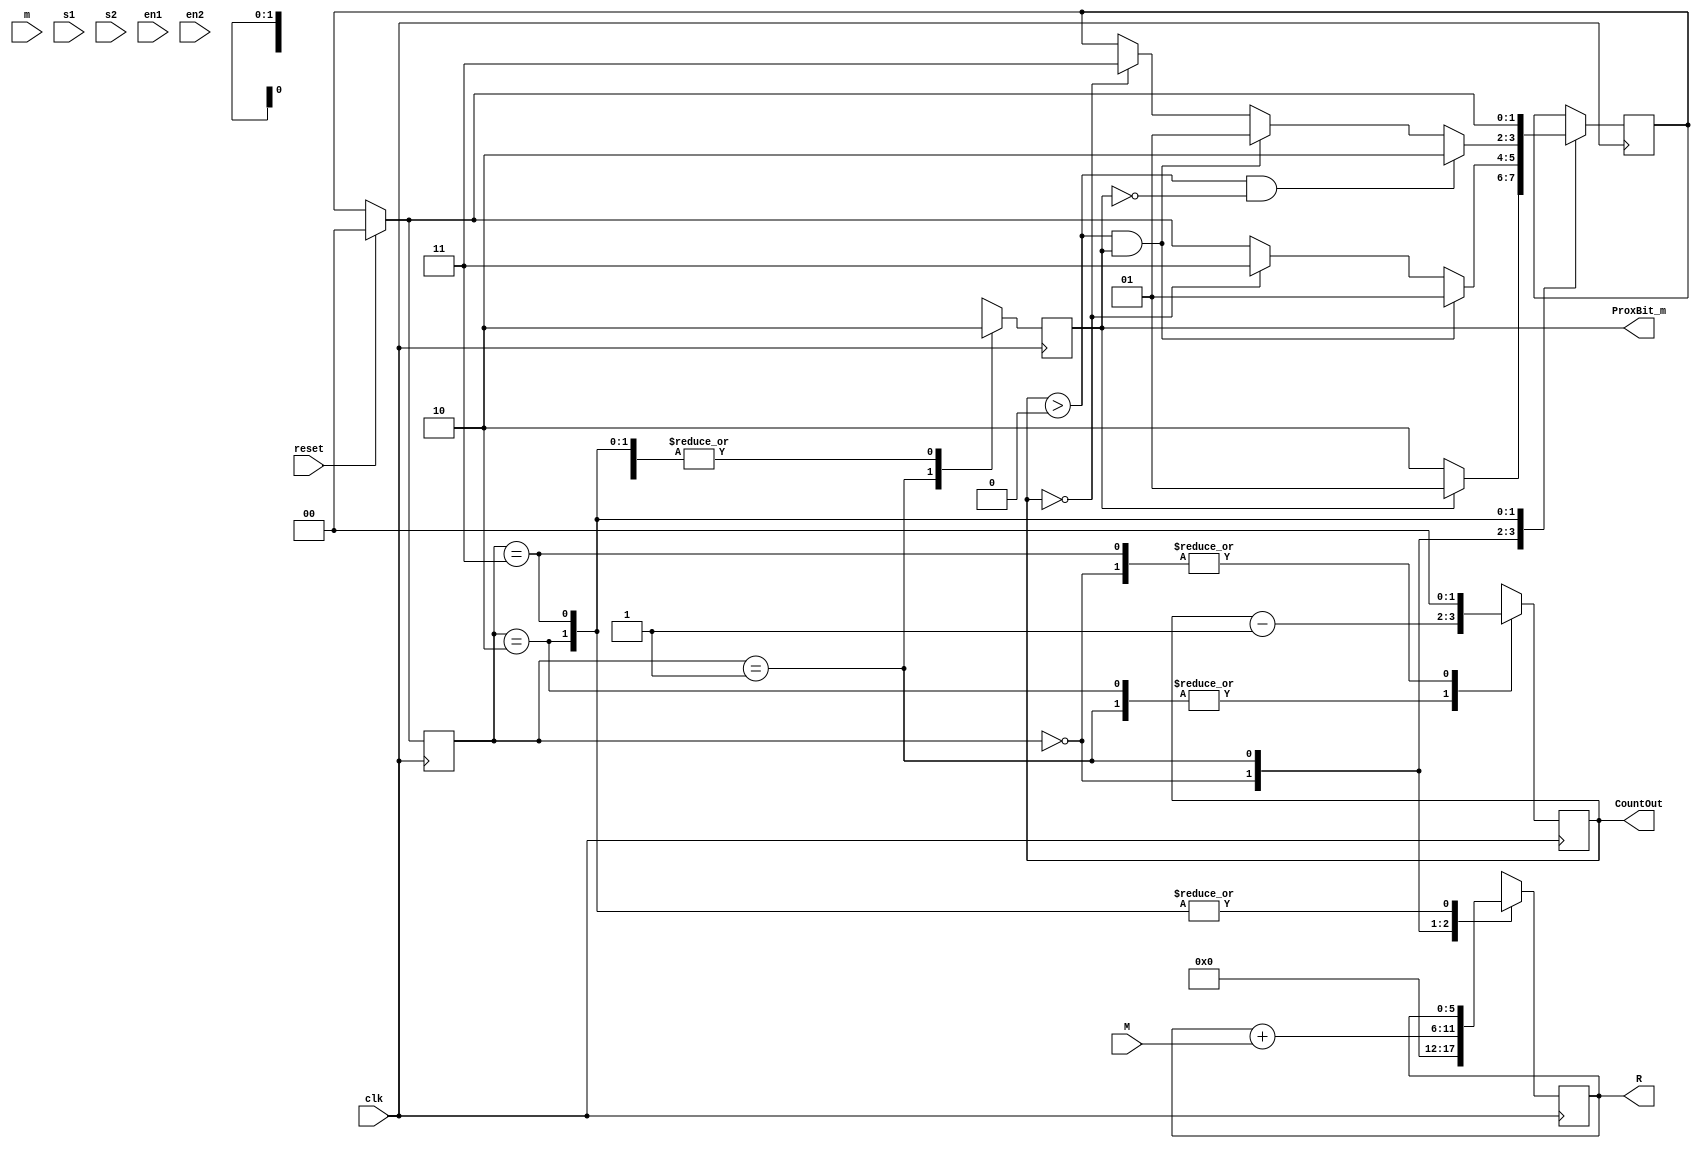
// # MIT License
// # Copyright (c) [2023] [Gabriel Rosa Dias, Pedro Antonio]
// # See LICENSE file for full license text.
module Mult3BitsFSM #(parameter WIDTH=3)(
    input [WIDTH-1:0] m,
    input [(WIDTH*2)-1:0] M,
    input clk,
    input reset,
    input s1,
    input s2,
    input en1,
    input en2,
    output reg ProxBit_m,
    output reg [1:0] CountOut,
    output reg [(WIDTH*2)-1:0] R
);

    // Definio dos estados
    reg [1:0] estado;
    parameter S0 = 2'b00;
    parameter S1 = 2'b01;
    parameter S2 = 2'b10;
    parameter S3 = 2'b11;

    // Definio dos sinais internos
    reg [1:0] estado_atual;
    reg [1:0] prox_estado;

    always @(posedge clk) begin
        if(reset) begin
            estado_atual <= S0;
        end else begin
            estado_atual <= prox_estado;
        end
    end

    always @(posedge clk) begin
        case(estado_atual)
            S0:
                if(ProxBit_m == 1) begin
                    prox_estado <= S1;
                end else if(ProxBit_m == 0) begin
                    prox_estado <= S2;
                end else if(reset) begin
                    prox_estado <= S0;
                end
            S1:
                if(CountOut > 0 && ProxBit_m == 1) begin
                    prox_estado <= S1;
                end else if(CountOut == 0) begin
                    prox_estado <= S3;
                end else if(reset) begin
                    prox_estado <= S0;
                end
            S2:
                if(CountOut > 0 && ProxBit_m == 0) begin
                    prox_estado <= S2;
                end else if(CountOut > 0 && ProxBit_m == 1) begin
                    prox_estado <= S1;
                end else if(CountOut == 0) begin
                    prox_estado <= S3;
                end
            S3:
                if(reset) begin
                    prox_estado <= S0;
                end else if(reset) begin
                    prox_estado <= S3;
                end
        endcase
    end

    always @(posedge clk) begin
        case(estado_atual)
            S0:
                begin
                    ProxBit_m <= 0;
                    CountOut <= 0;
                    R <= 0;
                end
            S1:
                begin
                    ProxBit_m <= 1;
                    CountOut <= CountOut - 1;
                    R <= R + M;
                end
            S2:
                begin
                    ProxBit_m <= 0;
                    CountOut <= CountOut - 1;
                    R <= R;
                end
            S3:
                begin
                    ProxBit_m <= 0;
                    CountOut <= 0;
                    R <= R;
                end
        endcase
    end

endmodule